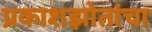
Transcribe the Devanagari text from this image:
प्रकाशझोतांचा